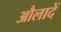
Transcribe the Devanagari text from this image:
औलादें